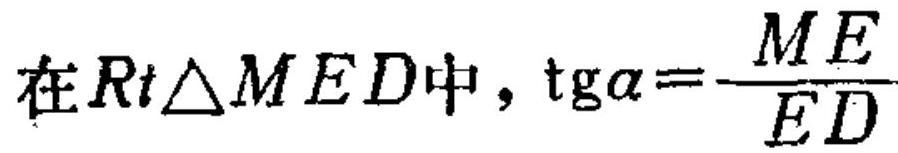
在$Rt\triangle MED$中，$\mathrm{tg}\alpha=\dfrac{ME}{ED}$